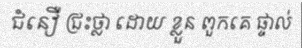
ជំនឿ ជ្រះថ្លា ដោយ ខ្លួន ពួកគេ ផ្ទាល់